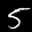
Label: 5